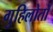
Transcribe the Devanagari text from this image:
गुहिलोतों